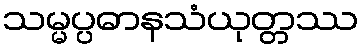
သမ္မပ္ပဓာနသံယုတ္တဿ